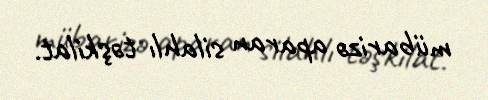
mübarizə aparan silahlı təşkilat.